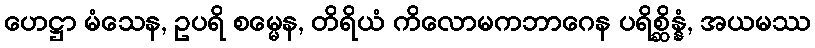
ဟေဋ္ဌာ မံသေန, ဥပရိ စမ္မေန, တိရိယံ ကိလောမကဘာဂေန ပရိစ္ဆိန္နံ, အယမဿ